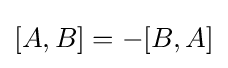
[A,B]=-[B,A]